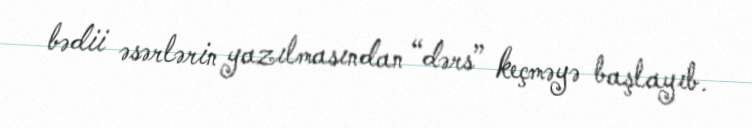
bədii əsərlərin yazılmasından “dərs” keçməyə başlayıb.